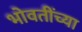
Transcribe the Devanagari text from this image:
भोवतींच्या